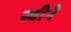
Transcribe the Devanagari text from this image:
स्वीने